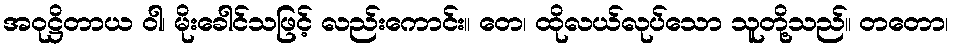
အဝုဋ္ဌိတာယ ဝါ၊ မိုးခေါင်သဖြင့် လည်းကောင်း။ တေ၊ ထိုလယ်လုပ်သော သူတို့သည်။ တတော၊